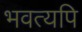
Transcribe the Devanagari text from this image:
भवत्यपि